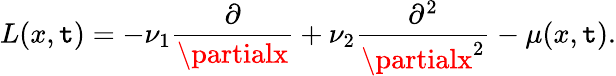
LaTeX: L(x,\mathtt{t})=-\nu_{1}\frac{{\partial}}{{\partialx}}+\nu_{2}\frac{{\partial^{2}}}{{\partialx^{2}}}-\mu(x,\mathtt{t}).